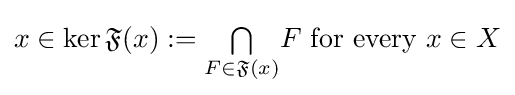
x\in \ker {\mathfrak {F}}(x):={\textstyle \bigcap \limits _{F\in {\mathfrak {F}}(x)}}F{\text{ for every }}x\in X